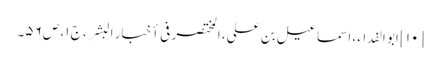
[۱۰] ابو الفداء، اسماعیل بن علی، المختصر فی أخبار البشر، ج ۱، ص ۵۶۔